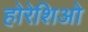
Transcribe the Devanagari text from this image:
होरेशिओ